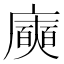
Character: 𭚈